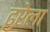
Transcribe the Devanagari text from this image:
ढुरेला